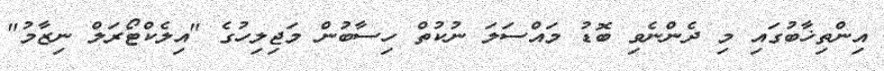
އިންތިޚާބުގައި މި ދެންނެވި ބޮޑު މައްސަލަ ނުކުތް ހިސާބުން މަޖިލިހުގެ "އިލެކްޓޯރަލް ނިޒާމު"